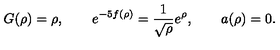
G ( \rho ) = \rho , \qquad e ^ { - 5 f ( \rho ) } = \frac { 1 } { \sqrt { \rho } } e ^ { \rho } , \qquad a ( \rho ) = 0 .